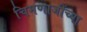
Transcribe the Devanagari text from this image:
चिमणाजींच्या